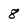
Character: 8